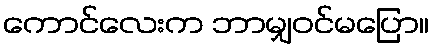
ကောင်လေးက ဘာမျှဝင်မပြော။